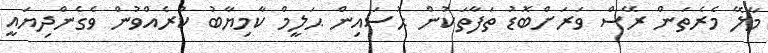
މާލޭ މެރެތަން ރޭސް ވަރަށްބޮޑު ތަފާތަކުން ޙުސައިން ޙަލީމް ކާމިޔާބު ކުރެއްވުން ވެގެންދިޔައީ